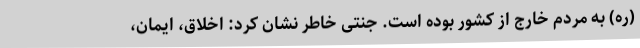
(ره) به مردم خارج از کشور بوده است. جنتی خاطر نشان کرد: اخلاق، ایمان،